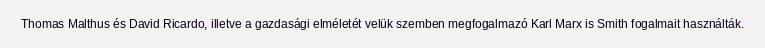
Thomas Malthus és David Ricardo, illetve a gazdasági elméletét velük szemben megfogalmazó Karl Marx is Smith fogalmait használták.